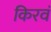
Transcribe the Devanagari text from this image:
किरवं